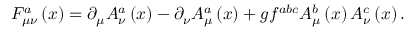
F _ { \mu \nu } ^ { a } \left( x \right) = \partial _ { \mu } A _ { \nu } ^ { a } \left( x \right) - \partial _ { \nu } A _ { \mu } ^ { a } \left( x \right) + g f ^ { a b c } A _ { \mu } ^ { b } \left( x \right) A _ { \nu } ^ { c } \left( x \right) .